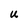
Character: u